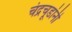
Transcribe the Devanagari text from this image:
चंद्रचूडांनी